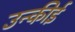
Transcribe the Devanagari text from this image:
उन्कीई